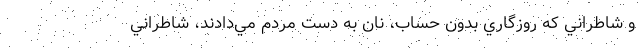
و شاطراني كه روزگاري بدون حساب، نان به دست مردم مي‌دادند، شاطراني